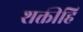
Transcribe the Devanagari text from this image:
शक्तीहि